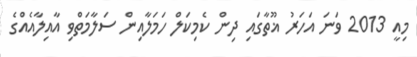
މިއީ 2013 ވަނަ އަހަރު ޣޫތާގައި ދިން ކެމިކަލް ހަމަލާއިން ސަލާމަތްވި އާއިލާއެއްގެ